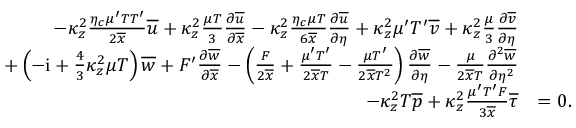
\begin{array} { r l } { - \kappa _ { z } ^ { 2 } \frac { \eta _ { c } \mu ^ { \prime } T T ^ { \prime } } { 2 \overline { { x } } } \overline { { u } } + \kappa _ { z } ^ { 2 } \frac { \mu T } { 3 } \frac { \partial \overline { { u } } } { \partial \overline { { x } } } - \kappa _ { z } ^ { 2 } \frac { \eta _ { c } \mu T } { 6 \overline { { x } } } \frac { \partial \overline { { u } } } { \partial \eta } + \kappa _ { z } ^ { 2 } \mu ^ { \prime } T ^ { \prime } \overline { { v } } + \kappa _ { z } ^ { 2 } \frac { \mu } { 3 } \frac { \partial \overline { { v } } } { \partial \eta } } & { } \\ { + \left( - \mathrm { i } + \frac { 4 } { 3 } \kappa _ { z } ^ { 2 } \mu T \right) \overline { { w } } + F ^ { \prime } \frac { \partial \overline { { w } } } { \partial \overline { { x } } } - \left( \frac { F } { 2 \overline { { x } } } + \frac { \mu ^ { \prime } T ^ { \prime } } { 2 \overline { { x } } T } - \frac { \mu T ^ { \prime } } { 2 \overline { { x } } T ^ { 2 } } \right) \frac { \partial \overline { { w } } } { \partial \eta } - \frac { \mu } { 2 \overline { { x } } T } \frac { \partial ^ { 2 } \overline { { w } } } { \partial \eta ^ { 2 } } } & { } \\ { - \kappa _ { z } ^ { 2 } T \overline { { p } } + \kappa _ { z } ^ { 2 } \frac { \mu ^ { \prime } T ^ { \prime } F } { 3 \overline { { x } } } \overline { { \tau } } } & { = 0 . } \end{array}